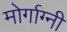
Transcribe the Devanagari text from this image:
मोर्गाग्नी